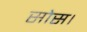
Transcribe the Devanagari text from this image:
सोस।